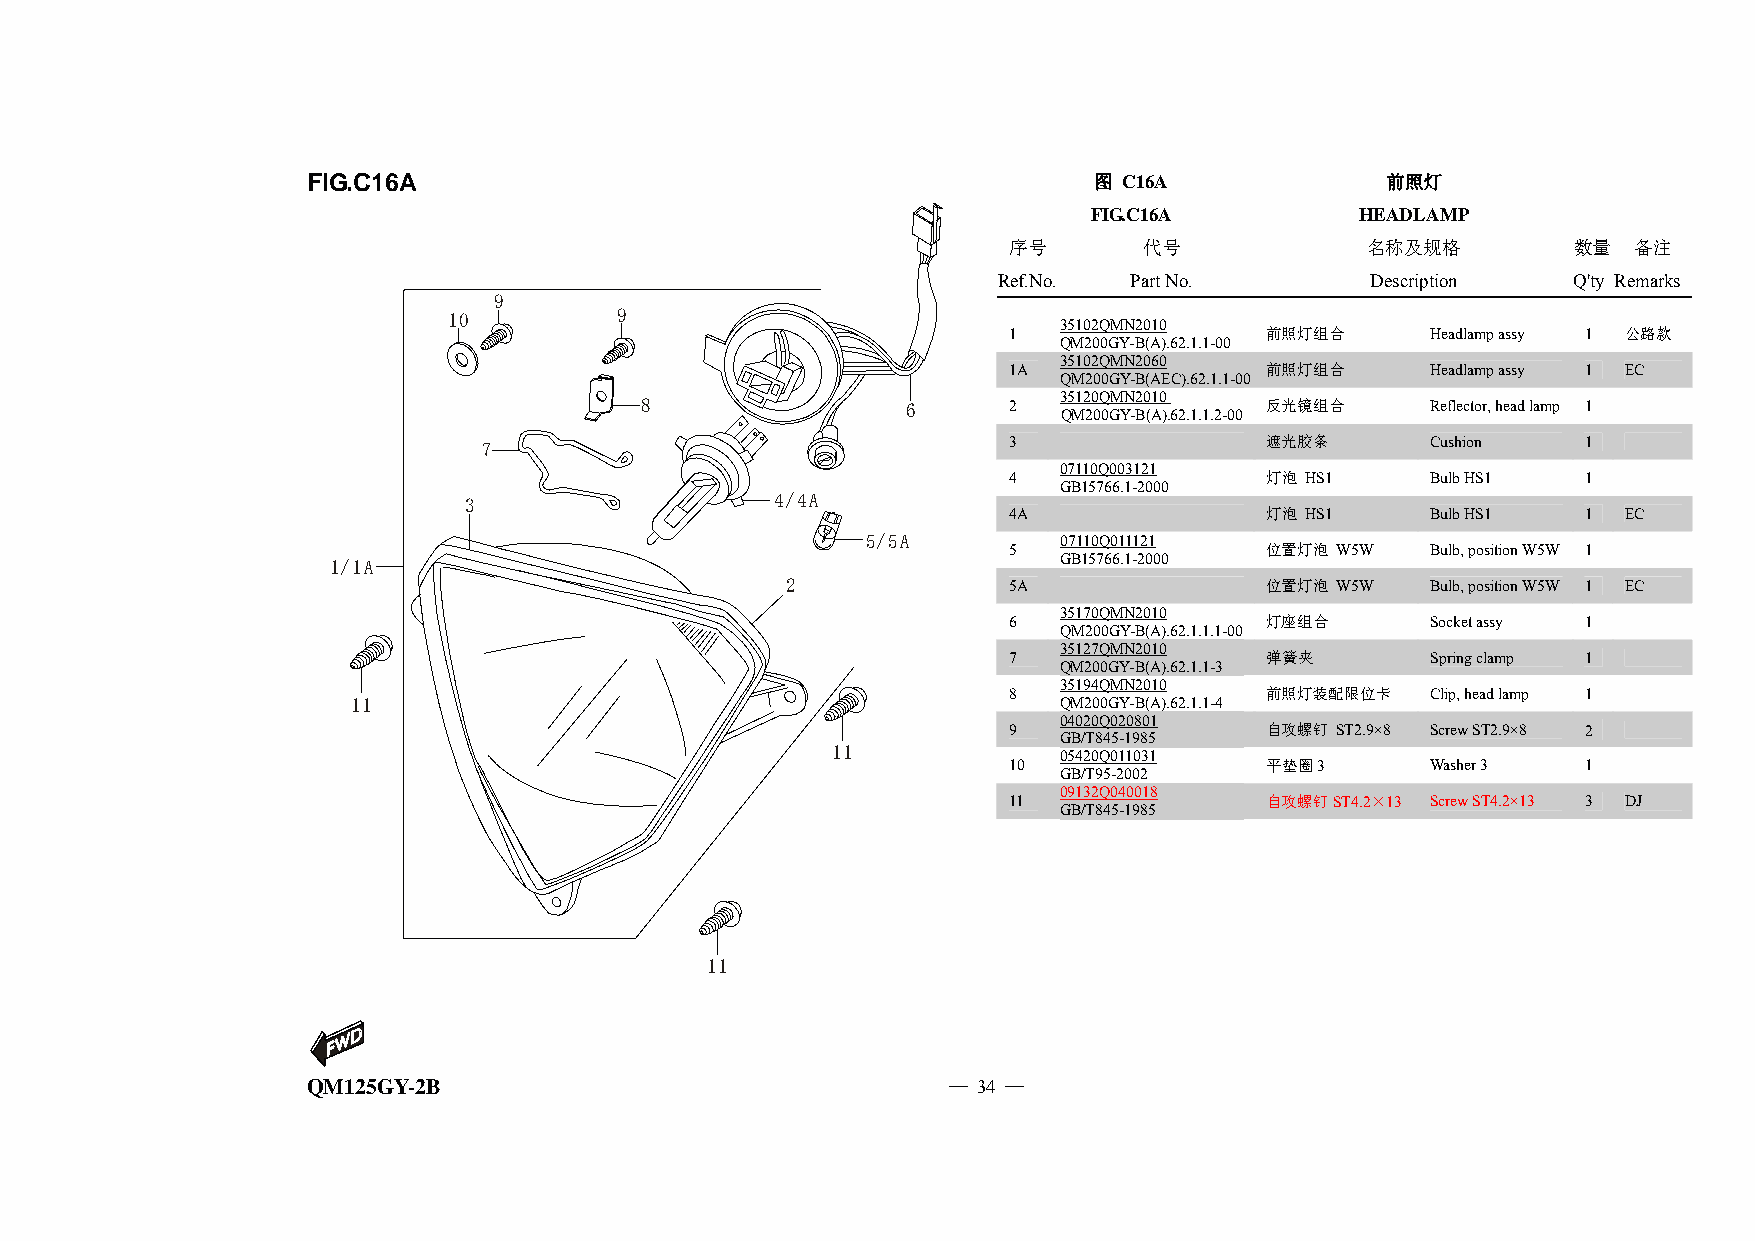
FIG.C16A                                            图 C16A              前照灯
 FIG.C16A          HEADLAMP
 序号       代号            名称及规格         数量  备注
 Ref.No.  Part No.        Description  Q'ty Remarks
 9
 10         9
 35102QMN2010
 1                前照灯组合      Headlamp assy 1 公路款
 QM200GY-B(A).62.1.1-00
 35102QMN2060
 1A               前照灯组合      Headlamp assy 1 EC
 QM200GY-B(AEC).62.1.1-00
 8                 6      2  35120QMN2010  反光镜组合      Reflector, head lamp 1
 QM200GY-B(A).62.1.1.2-00
 7                                  3                遮光胶条       Cushion   1
 07110Q003121
 4                灯泡 HS1     Bulb HS1  1
 GB15766.1-2000
 3                   4/4A
 4A               灯泡 HS1     Bulb HS1  1  EC
 5/5A         07110Q011121
 5                位置灯泡 W5W   Bulb, position W5W 1
 1/1A                                            GB15766.1-2000
 2              5A               位置灯泡 W5W   Bulb, position W5W 1 EC
 35170QMN2010
 6                灯座组合       Socket assy 1
 QM200GY-B(A).62.1.1.1-00
 35127QMN2010
 7                弹簧夹        Spring clamp 1
 QM200GY-B(A).62.1.1-3
 35194QMN2010
 8                前照灯装配限位卡   Clip, head lamp 1
 11                                             QM200GY-B(A).62.1.1-4
 04020Q020801
 9                自攻螺钉 ST2.9×8 Screw ST2.9×8 2
 GB/T845-1985
 11
 05420Q011031
 10               平垫圈3       Washer 3  1
 GB/T95-2002
 09132Q040018
 11               自攻螺钉ST4.2×13 Screw ST4.2×13 3 DJ
 GB/T845-1985
 11
 QM125GY-2B                                 — 34 —